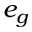
e _ { g }